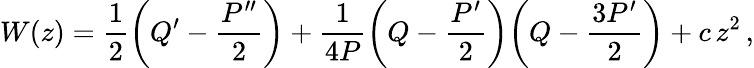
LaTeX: W(z)=\frac 12\bigg(Q^{\prime}-\frac{P^{\prime\prime}}2\bigg)+\frac 1{4P}\bigg(Q-\frac{P^{\prime}}2\bigg)\bigg(Q-\frac{3P^{\prime}}2\bigg)+c\, z^{2}\, ,